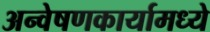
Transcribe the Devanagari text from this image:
अन्वेषणकार्यामध्ये